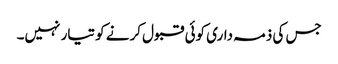
جس کی ذمہ داری کوئی قبول کرنے کو تیار نہیں۔